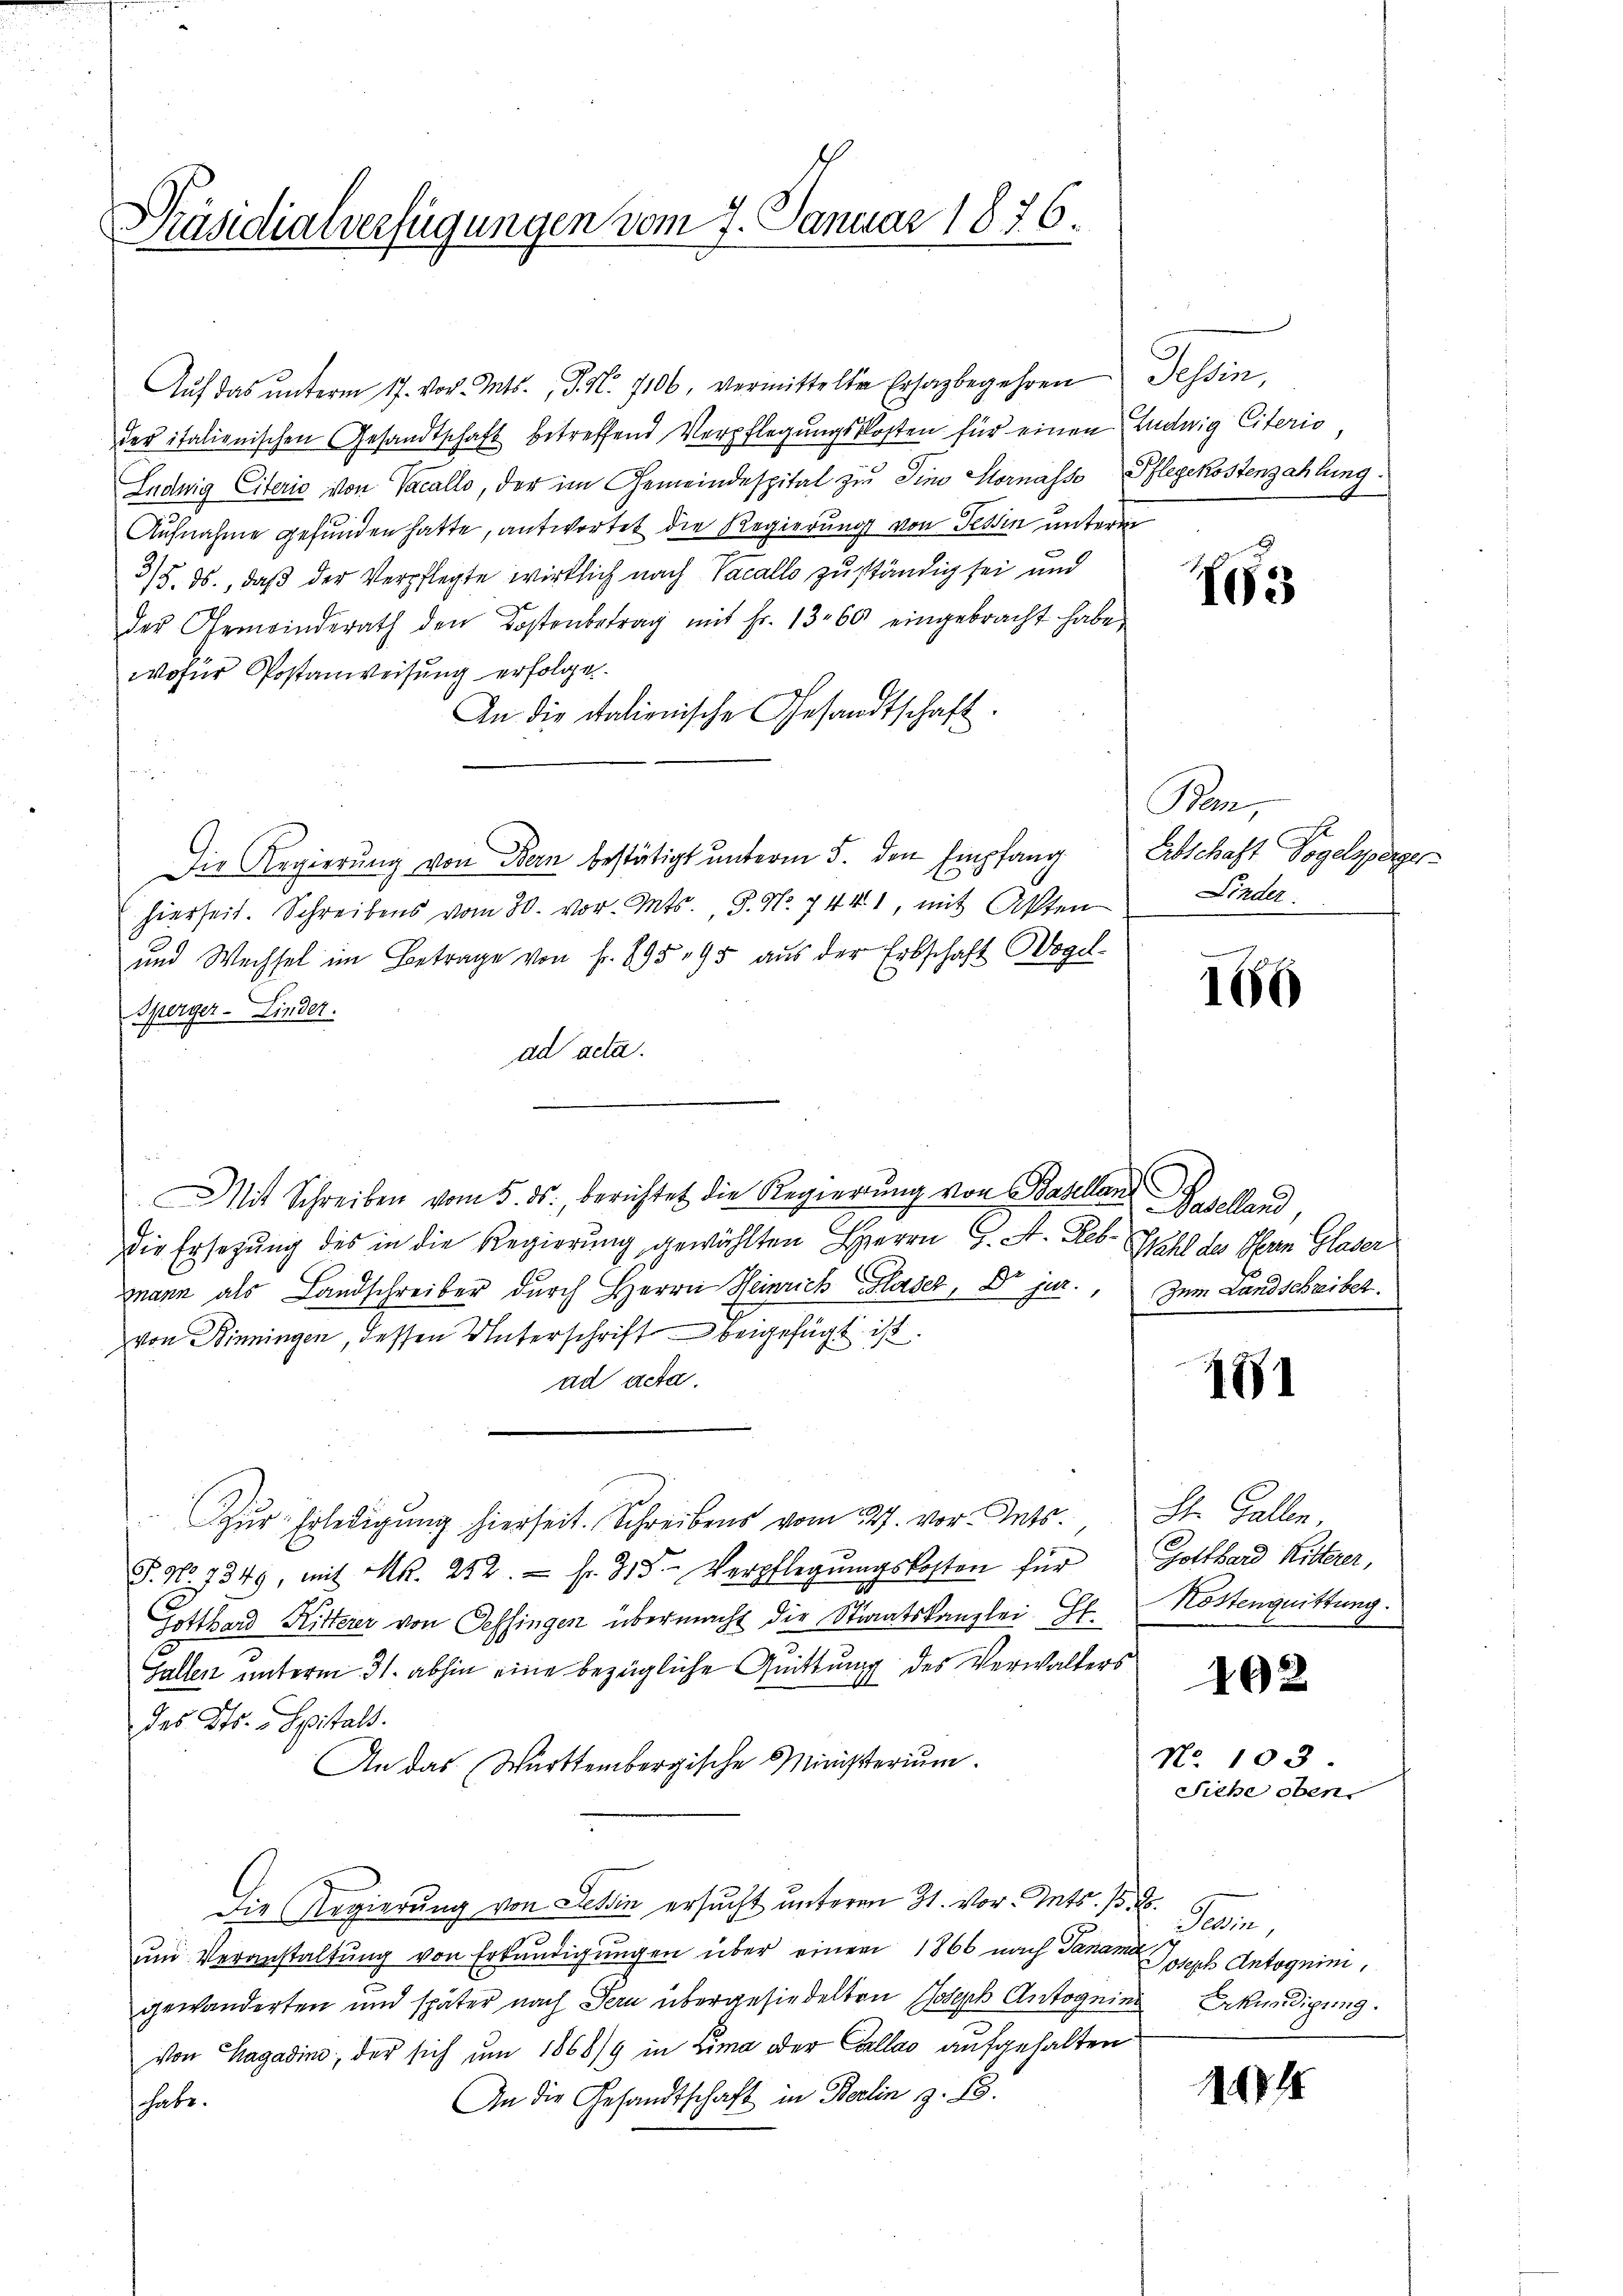
Präsidialverfügungen vom 7. Januar 1876.

Aŭf das ŭnterm 17. vor. Mts. S. Nr. 706, vermittelte Ersagbegehren Tessin,
der italienischen Gesandtschaft betreffend Verpflegungskosten für einen Ludwig Citerio
Ludwig Eiterie von Vacallo, der im Gemeindespital zu Sina Hornasso Pflegekostenzahlung
Aufnahme gefunden hatte, antwortet die Regierung von Tessin unterm
3/5. ds., daß der Verpflegte wirklich nach Vacallo zuständig sei und
der Gemeinderath den Kostenbetrag mit Fr. 1360 eingebracht habe,
wofür Postanweisung erfolgen.
An die italienische Gesandtschaft.
a
Die Regierung von Bern bestätigt unterm 5. den Empfang
hierseit. Schreibens vom 30. vor. Mts., S. Nr. 7441, mit Akten
und Wechsel im Betrage von Fr. 895 95 aus der Erbschaft Wogel-
Sperger-Linder.
ad acta.
Mit Schreiben vom 5. ds. berichtet die Regierung von Baselland Baselland,
die Ersetzung des in die Regierung gewählten Herrn J. A. Reb- Pfahl des Plan Glaser
2
mann als Landschreiber durch Herrn Heinrich Glaser, Dr. jur., zum Landschreiber.
von Binningen, dessen Unterschrift beigefügt ist.
ad acta.
Zur Erledigung hierseit. Schreibens vom 27. vor. Ints. St. Gallen
S. No 1349, mit Mr. 252. - Fr. 315. Verpflegŭngskosten für Gotthard Ritterer,
Gotthard Ritterer von Sessingen übermacht die Staaatskanzlei Hr. Köstenquittung.
Gallen unterm 31. abhin eine bezügliche Quittung des Verwalters
des Kts. Spitals.
An das Württembergische Ministerium.
Die Regierung von Tessin ersucht unterm 31. vor. Mts. 15. 25.
um Veranstaltung von Erkundigungen über einen 1866 nach Tanan Joseph Antognim,
gewanderten und später nach Bern übergesiedelten Joseph Antogeine Bekundigung.
von Hagadin, der sich um 1868/9 in Lima oder Callas aufgehalten
An die Gesandtschaft in Berlin z. B.
habe.

Ves

Par,
Abschaft Vogelsperger
Finder

166

d

181

102

No. 103
Siehe oben.

.

184